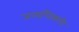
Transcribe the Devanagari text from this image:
जनाधिकारी